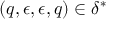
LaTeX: ( q , \epsilon , \epsilon , q ) \in \delta ^ { * }